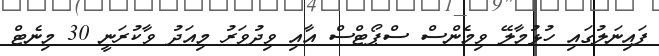
ފައިނަލުގައި ހުޅުމާލޭ ވިމެންސް ސްޕޯޓްސް އާއި ވިދުވަރު މިއަދު ވާކުރަނީ 30 މިނެޓް